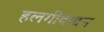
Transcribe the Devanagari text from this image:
हलगीवादन